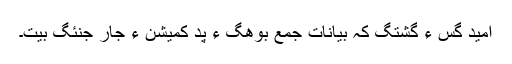
امید گِس ءَ گشتگ کہ بیانات جمع بوھگ ءَ پد کمیشن ءِ جار جنئگ بیت۔